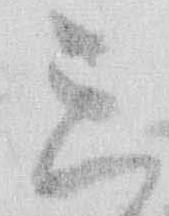
三